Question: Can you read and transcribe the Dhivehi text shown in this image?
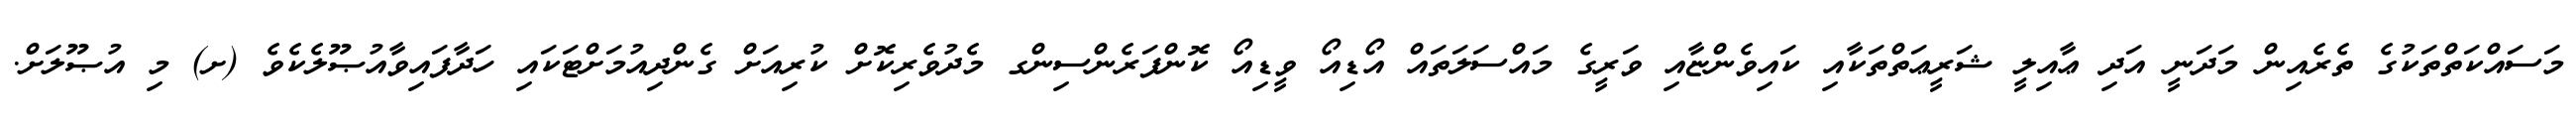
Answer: މަސައްކަތްތަކުގެ ތެރެއިން މަދަނީ އަދި ޢާއިލީ ޝަރީޢަތްތަކާއި ކައިވެންޏާއި ވަރީގެ މައްސަލަތައް އޯޑިއޯ ވީޑިއޯ ކޮންފަރެންސިންގ މެދުވެރިކޮށް ކުރިއަށް ގެންދިއުމަށްޓަކައި ހަދާފައިވާއުޞޫލެކެވެ (ށ) މި އުޞޫލަށް.